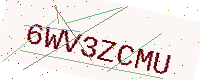
Text: 6WV3ZCMU